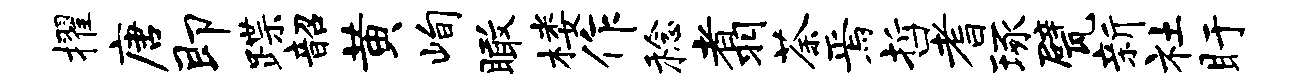
擢唐即蹀韶黄峋瞰楼作稔翥荼焉哲耆琢甓新社盱